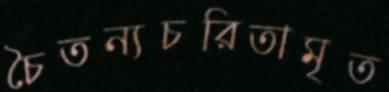
চৈতন্যচরিতামৃত